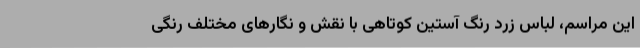
این مراسم، لباس زرد رنگ آستین‌ کوتاهی با نقش و نگارهای مختلف رنگی